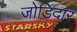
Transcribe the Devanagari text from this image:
जोड़िदार